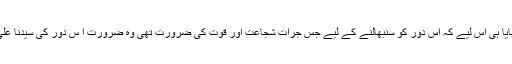
حضرت علی رضی اللہ عنہ کو مولیٰ بنایا ہی اس لیے کہ اُس دور کو سنبھالنے کے لیے جس جرأت شجاعت اور قوت کی ضرورت تھی وہ ضرورت اُ س دور کی سیدنا علی رضی اللہ عنہ پوری کر سکتے تھے۔